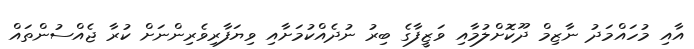
އާއި މުހައްމަދު ނާޒިމް ދޫކޮށްލުމާއި ވަޒީފާގެ ބިރު ނުދެއްކުމަށާއި ވިޔަފާރިވެރިންނަށް ކުރާ ޖެއްސުންތައް